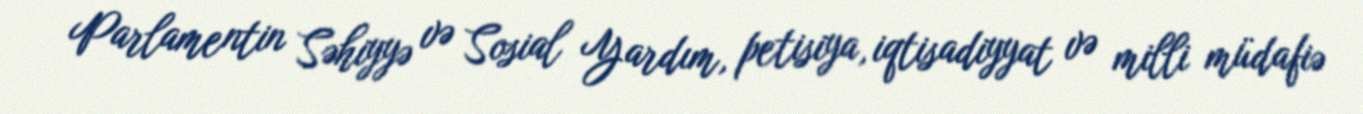
Parlamentin Səhiyyə və Sosial Yardım, petisiya, iqtisadiyyat və milli müdafiə